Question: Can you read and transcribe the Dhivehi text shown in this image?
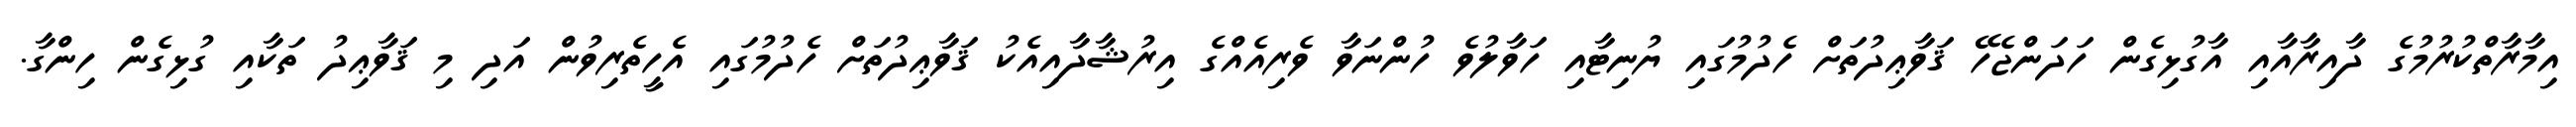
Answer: އިމާރާތްކުރުމުގެ ދާއިރާއާއި އާގުޅިގެން ހަދަންޖެހޭ ޤަވާޢިދުތަށް ހެދުމުގައި ޔުނިޓާއި ހަވާލުވެ ހުންނަވާ ވެރިއެއްގެ އިރުޝާދާއިއެކު ޤަވާޢިދުތަށް ހެދުމުގައި އެހީތެރިވުން އަދި މި ޤަވާޢިދު ތަކާއި ގުޅިގެން ހިންގާ.